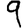
Digit: 9